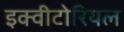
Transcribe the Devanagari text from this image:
इक्वीटोरियल